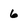
Character: 6